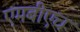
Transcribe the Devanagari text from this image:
एमबीएच